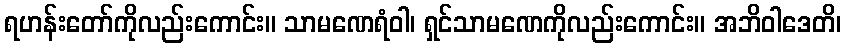
ရဟန်းတော်ကိုလည်းကောင်း။ သာမဏေရံဝါ၊ ရှင်သာမဏေကိုလည်းကောင်း။ အဘိဝါဒေတိ၊